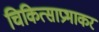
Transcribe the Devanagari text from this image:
चिकित्साप्रभाकर